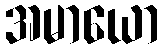
အမာယော